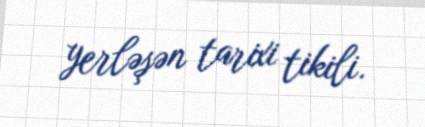
yerləşən tarixi tikili.